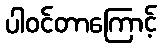
ပါဝင်တာကြောင့်